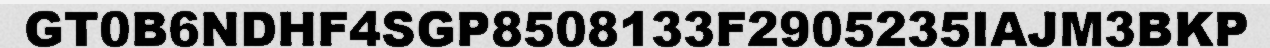
GT0B6NDHF4SGP8508133F2905235IAJM3BKP